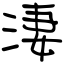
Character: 淒